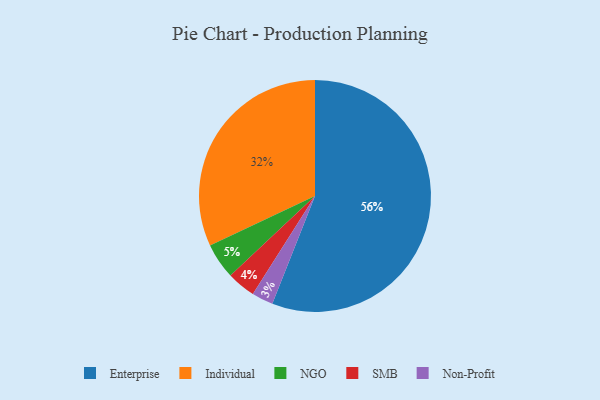
{"axis": {"x": "Category", "y": "Percentage"}, "legend": ["Enterprise", "Individual", "NGO", "Non-Profit", "SMB"], "data": [{"x": "Non-Profit", "y": 3, "type": "Non-Profit"}, {"x": "SMB", "y": 4, "type": "SMB"}, {"x": "Individual", "y": 32, "type": "Individual"}, {"x": "NGO", "y": 5, "type": "NGO"}, {"x": "Enterprise", "y": 56, "type": "Enterprise"}]}